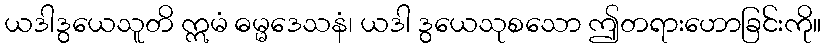
ယဒါဒွယေသူတိ ဣမံ ဓမ္မဒေသနံ၊ ယဒါ ဒွယေသုစသော ဤတရားဟောခြင်းကို။